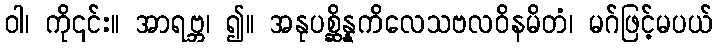
ဝါ၊ ကို၎င်း။ အာရဗ္ဘ၊ ၍။ အနုပစ္ဆိန္နကိလေသဗလဝိနမိတံ၊ မဂ်ဖြင့်မပယ်